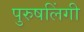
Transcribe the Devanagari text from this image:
पुरुषलिंगी